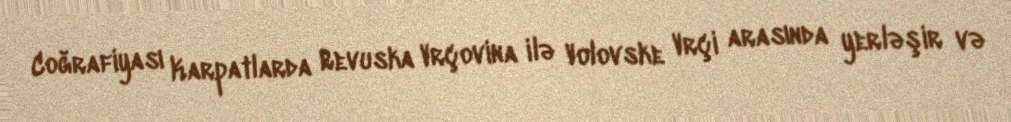
Coğrafiyası Karpatlarda Revuska Vrçovina ilə Volovske Vrçi arasında yerləşir və